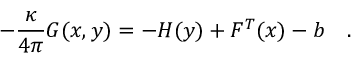
- { \frac { \kappa } { 4 \pi } } { \cal G } ( x , y ) = - H ( y ) + F ^ { T } ( x ) - b \quad .